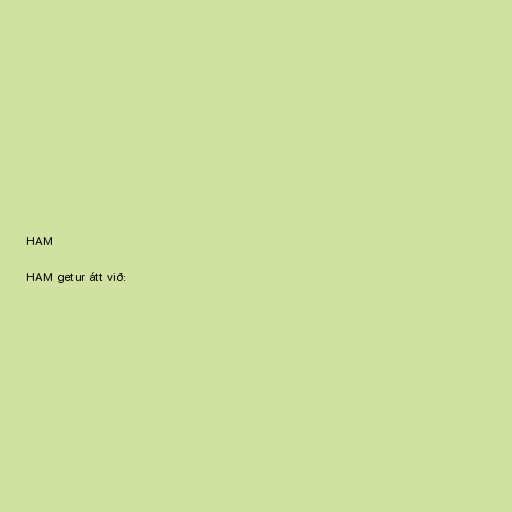
HAM

HAM getur átt við: